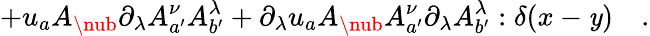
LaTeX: +u_{a}A_{\nub}\partial_{\lambda}A_{a^{\prime}}^{\nu}A_{b^{\prime}}^{\lambda}+\partial_{\lambda}u_{a}A_{\nub}A_{a^{\prime}}^{\nu}\partial_{\lambda}A_{b^{\prime}}^{\lambda}:\delta(x-\mathit{y})\quad.